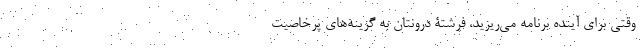
وقتی برای آینده برنامه می‌ریزید، فرشتۀ درونتان به گزینه‌های پرخاصیت